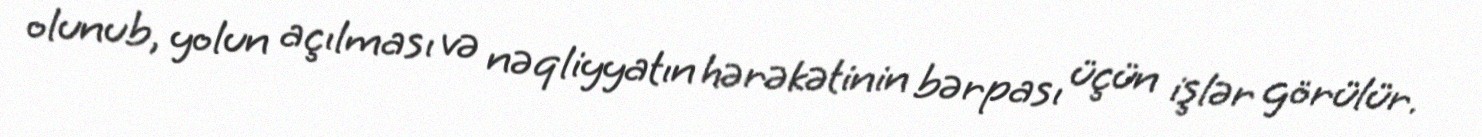
olunub, yolun açılması və nəqliyyatın hərəkətinin bərpası üçün işlər görülür.